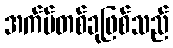
အက်ပ်တစ်ခုဖြစ်သည်